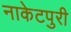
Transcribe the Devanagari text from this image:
नाकेटपुरी